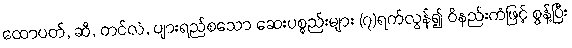
ထောပတ်, ဆီ, တင်လဲ, ပျားရည်စသော ဆေးပစ္စည်းများ (၇)ရက်လွန်၍ ဝိနည်းကံဖြင့် စွန့်ပြီး